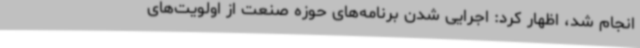
انجام شد، اظهار کرد: اجرایی شدن برنامه‌های حوزه صنعت از اولویت‌های